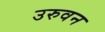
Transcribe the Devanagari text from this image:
उरुवन